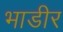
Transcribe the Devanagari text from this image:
भाडीर